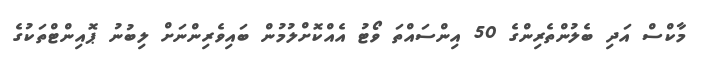
މާކްސް އަދި ބެލުންތެރިންގެ 50 އިންސައްތަ ވޯޓު އެއްކޮށްލުމުން ބައިވެރިންނަށް ލިބުނު ޕޮއިންޓްތަކުގެ